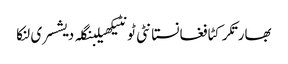
بھارتکرکٹافغانستانٹی ٹونٹیکھیلبنگلہ دیشسری لنکا